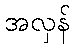
အလှန်